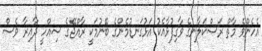
އެހެންވެ މާތް ރަސްކަލާނގެ ވާގިފުޅާއެކު އަޅުގަނޑުމެންގެ ބޭނުމަކީ ރާއްޖޭގެ ސިއްހީ ދާއިރާ ވެސް